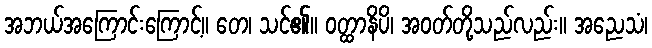
အဘယ်အကြောင်းကြောင့်။ တေ၊ သင်၏။ ဝတ္ထာနိပိ၊ အဝတ်တို့သည်လည်း။ အညေသံ၊